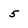
Character: 5